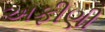
અફીણી